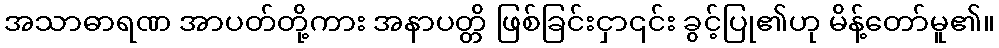
အသာဓာရဏ အာပတ်တို့ကား အနာပတ္တိ ဖြစ်ခြင်းငှာ၎င်း ခွင့်ပြု၏ဟု မိန့်တော်မူ၏။